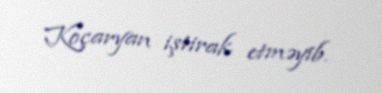
Koçaryan iştirak etməyib.